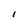
Character: I